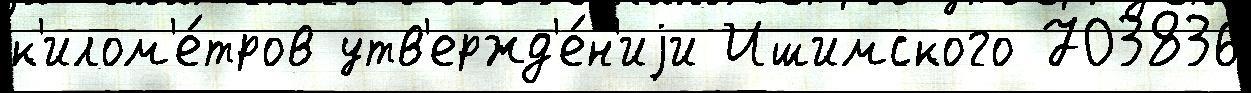
к'илом'е́тров утв'ержд'е́н'иjи Ишимского 703836